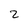
Character: 2